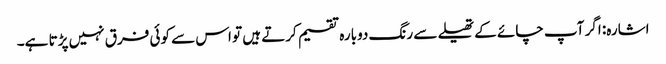
اشارہ: اگر آپ چائے کے تھیلے سے رنگ دوبارہ تقسیم کرتے ہیں تو اس سے کوئی فرق نہیں پڑتا ہے۔